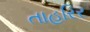
તાહરિર